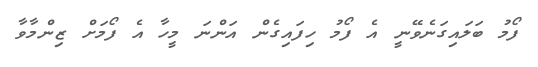
ފޯމު ބަލައިގަނެވޭނީ އެ ފޯމު ހިފައިގެން އަންނަ މީހާ އެ ފޯމަށް ޒިންމާވާ